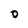
Character: 0